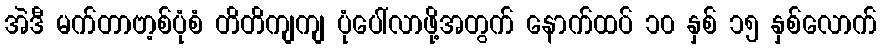
အဲဒီ မက်တာဗာ့စ်ပုံစံ တိတိကျကျ ပုံပေါ်လာဖို့အတွက် နောက်ထပ် ၁၀ နှစ် ၁၅ နှစ်လောက်